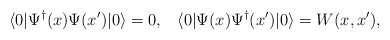
\begin{align*}\langle 0| \Psi^{\dagger}(x)\Psi(x') |0\rangle =0, \;\;\; \langle 0| \Psi(x)\Psi^{\dagger}(x') |0\rangle =W(x,x'),\end{align*}